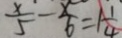
\frac { x } { 5 } - \frac { x } { 6 } = 1 \frac { 1 } { 4 }